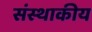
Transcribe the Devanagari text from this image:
संस्थाकीय